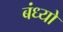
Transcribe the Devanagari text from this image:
बंध्यो